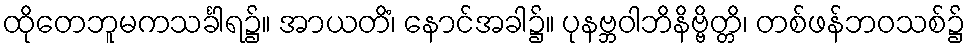
ထိုတေဘူမကသင်္ခါရ၌။ အာယတိံ၊ နောင်အခါ၌။ ပုနဗ္ဘဝါဘိနိဗ္ဗိတ္တိ၊ တစ်ဖန်ဘဝသစ်၌